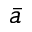
\bar { a }